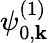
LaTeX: \psi_{0,\mathbf{k}}^{(1)}